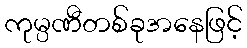
ကုမ္ပဏီတစ်ခုအနေဖြင့်